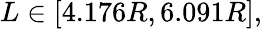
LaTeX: L\in[4.176R,6.091R],